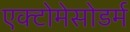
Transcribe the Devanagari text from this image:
एक्टोमेसोडर्म